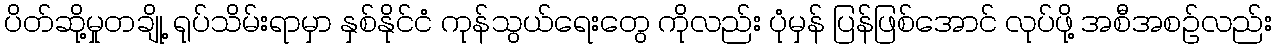
ပိတ်ဆို့မှုတချို့ ရုပ်သိမ်းရာမှာ နှစ်နိုင်ငံ ကုန်သွယ်ရေးတွေ ကိုလည်း ပုံမှန် ပြန်ဖြစ်အောင် လုပ်ဖို့ အစီအစဉ်လည်း